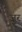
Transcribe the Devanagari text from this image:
ज़ुर